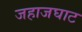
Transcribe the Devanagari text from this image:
जहाजघाट